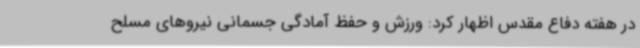
در هفته دفاع مقدس اظهار کرد: ورزش و حفظ آمادگی جسمانی نیروهای مسلح